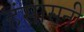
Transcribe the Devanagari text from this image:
हंसासनी